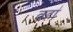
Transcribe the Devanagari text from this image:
वहा॑